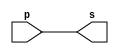
//--------------------------------------
//Exemplo0001 - buffer
//Nome: Guilherme Diniz de Assumpcao
//Matrcula: 462269
//---------------------------------------

//------------------
//-- buffer
//------------------

module buffer(output s, input p);
	assign s = p; //criar vnculo permanente
						//(dependncia)
endmodule //buffer

//----------------
//-- test buffer
//----------------

module testbuffer;
//------------- dados locais
	reg a; //definir registrador
				//(varivel independente)
	wire s; //definir conexo(fio)
				//(varivel dependente)

//------------------- instancia
	buffer BF1(s,a);
//-------------------- preparao
	initial begin:start
		a=0; //valor inicial
	end
//--------------------- parte principal
	initial begin:main
			//execuo unitria
		$display("Exemplo0001 - Guilherme Diniz de Assumpcao  - 462269");
		$display("Test buffer");
		$display("\t	time\ta = s");
			 //execuo permanente
		$monitor("%d\t%b = %b", $time,a,s);
			//apos uma unidade de tempo
			//mudar o valor do registrador para 0
		#1 a=1;
			//aps duas unidades de tempo
			//mudar o valor do registrador para 1
		#2 a=0;
	end

endmodule //testbuffer